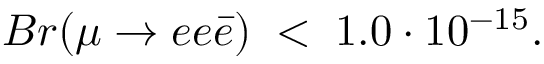
B r ( \mu \rightarrow e e \bar { e } ) \; < \; 1 . 0 \cdot 1 0 ^ { - 1 5 } .